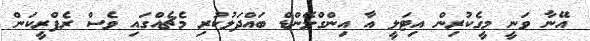
އޭނާ ވަނީ މީގެކުރިން އިޓަލީ އާ އިންގްލޭންޑް ބައްދަލުކުރި މެޗެއްގައި ވެސް ރެފްރީކަން